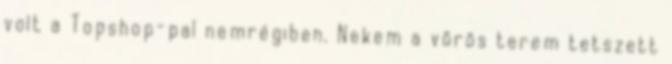
volt a Topshop-pal nemrégiben. Nekem a vörös terem tetszett